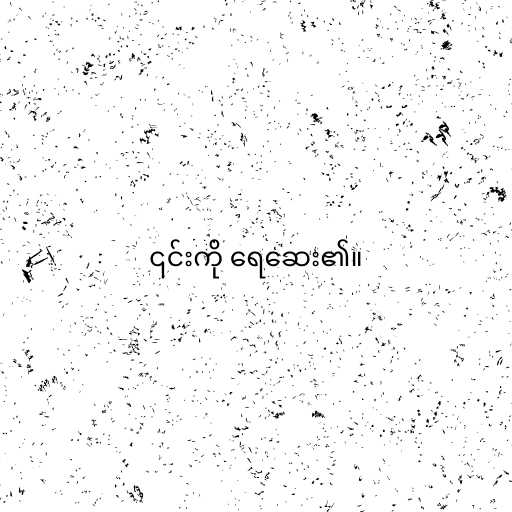
၎င်းကို ရေဆေး၏။